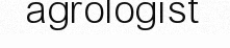
agrologist